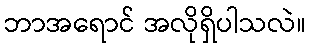
ဘာအရောင် အလိုရှိပါသလဲ။